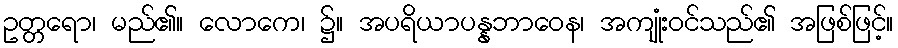
ဥတ္တရော၊ မည်၏။ လောကေ၊ ၌။ အပရိယာပန္နဘာဝေန၊ အကျုံးဝင်သည်၏ အဖြစ်ဖြင့်။